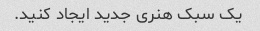
یک سبک هنری جدید ایجاد کنید.